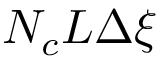
N _ { c } L \Delta \xi